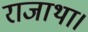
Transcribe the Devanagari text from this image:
राजाथा।